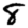
Digit: 8